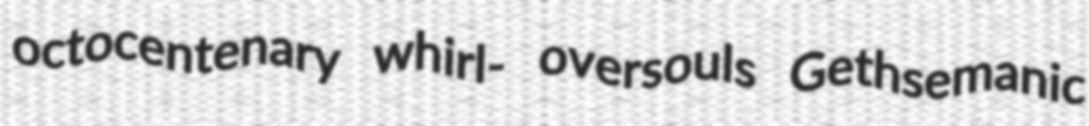
octocentenary whirl- oversouls Gethsemanic